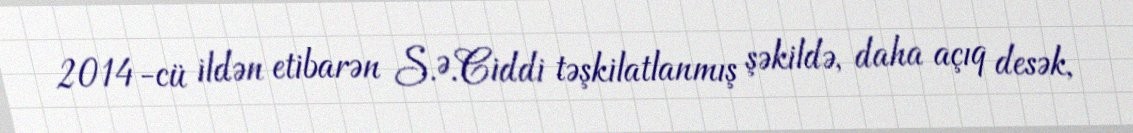
2014-cü ildən etibarən S.Ə.Ciddi təşkilatlanmış şəkildə, daha açıq desək,